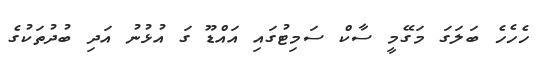
ހެހެހެ ބަލަގަ މަގޭމީ ސާކް ސަމިޓުގައި އައްޑޫ ގަ އުޅުނު އަދި ބުދުތަކުގެ